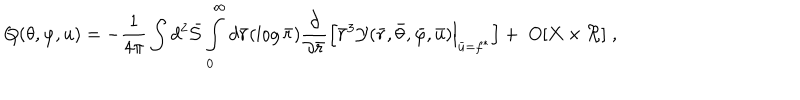
Q ( \theta , \varphi , u ) = - \frac { 1 } { 4 \pi } \int d ^ { 2 } { \bar { \cal S } } \int _ { 0 } ^ { \infty } d { \bar { r } } ( \log { \bar { r } } ) \frac { \partial } { \partial { \bar { r } } } \Bigl [ { \bar { r } } ^ { 3 } { \cal Y } ( { \bar { r } } , { \bar { \theta } } , { \bar { \varphi } } , { \bar { u } } ) \Bigl | _ { { \bar { u } } = f ^ { * } } \Bigr ] + \; O [ X \times \Re ] \; , \quad